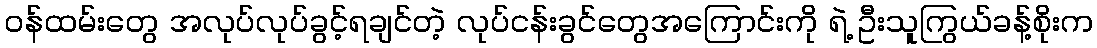
ဝန်ထမ်းတွေ အလုပ်လုပ်ခွင့်ရချင်တဲ့ လုပ်ငန်းခွင်တွေအကြောင်းကို ရဲ့ ဦးသူကြွယ်ခန့်စိုးက